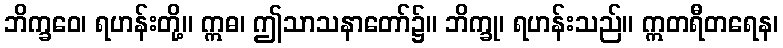
ဘိက္ခဝေ၊ ရဟန်းတို့။ ဣဓ၊ ဤသာသနာတော်၌။ ဘိက္ခု၊ ရဟန်းသည်။ ဣတရီတရေန၊